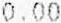
0.00